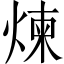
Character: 煉